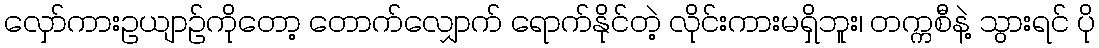
လှော်ကားဥယျာဉ်ကိုတော့ တောက်လျှောက် ရောက်နိုင်တဲ့ လိုင်းကားမရှိဘူး၊ တက္ကစီနဲ့ သွားရင် ပို